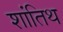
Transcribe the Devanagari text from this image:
शांतिथ